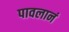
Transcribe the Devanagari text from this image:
पावलानं